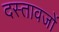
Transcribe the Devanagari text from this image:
दस्तावजों